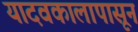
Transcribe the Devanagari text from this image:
यादवकालापासून